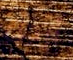
أرجل